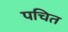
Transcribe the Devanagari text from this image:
पचित